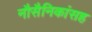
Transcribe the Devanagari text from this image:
नौसैनिकांसह